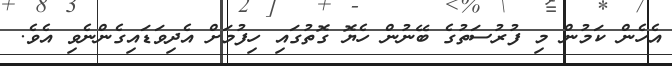
އެހެން ކަމުން މި ފުރުސަތުގެ ބޭނުން ހެޔޮ ގޮތުގައި ހިފުމަށް އެދިވަޑައިގެންނެވި އެވެ.